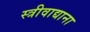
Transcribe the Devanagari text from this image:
स्त्रीवाद्याना